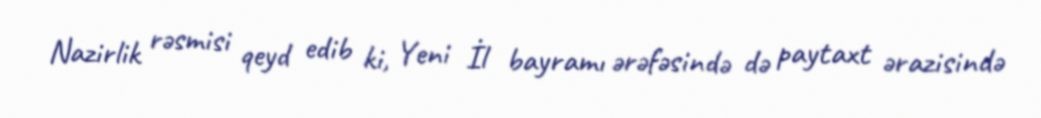
Nazirlik rəsmisi qeyd edib ki, Yeni İl bayramı ərəfəsində də paytaxt ərazisində